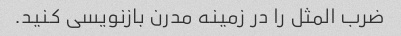
ضرب المثل را در زمینه مدرن بازنویسی کنید.